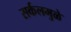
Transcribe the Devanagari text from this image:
सर्कलमुळे